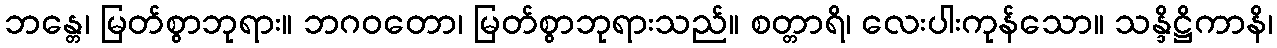
ဘန္တေ၊ မြတ်စွာဘုရား။ ဘဂဝတော၊ မြတ်စွာဘုရားသည်။ စတ္တာရိ၊ လေးပါးကုန်သော။ သန္ဒိဋ္ဌိကာနိ၊